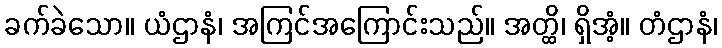
ခက်ခဲသော။ ယံဌာနံ၊ အကြင်အကြောင်းသည်။ အတ္ထိ၊ ရှိအံ့။ တံဌာနံ၊